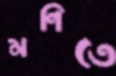
মণিতে